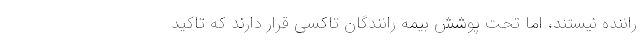
راننده نیستند، اما تحت پوشش بیمه رانندگان تاکسی قرار دارند که تاکید